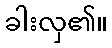
ခါးလှ၏။